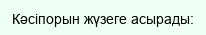
Кәсіпорын жүзеге асырады: